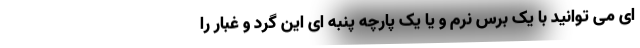
ای می توانید با یک برس نرم و یا یک پارچه پنبه ای این گرد و غبار را